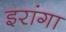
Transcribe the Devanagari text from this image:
इरांगा